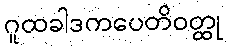
ဂူထခါဒကပေတိဝတ္ထု